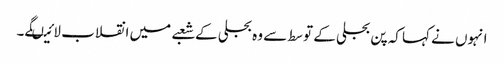
انہوں نے کہا کہ پن بجلی کے توسط سے وہ بجلی کے شعبے میں انقلاب لائیںگے۔